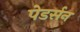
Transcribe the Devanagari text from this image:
पेडर्सन